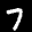
Label: 7